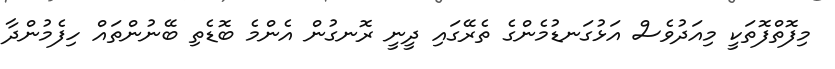
މިފޮތްފޮތަކީ މިއަދުވެސް އަޅުގަނޑުމެންގެ ތެރޭގައި ދީނީ ރޮނގުން އެންމެ ބޮޑެތި ބޭނުންތައް ހިފެމުންދާ